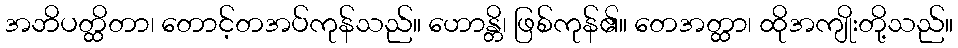
အဘိပတ္ထိတာ၊ တောင့်တအပ်ကုန်သည်။ ဟောန္တိ၊ ဖြစ်ကုန်၏။ တေအတ္ထာ၊ ထိုအကျိုးတို့သည်။